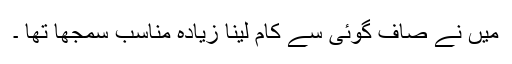
میں نے صاف گوئی سے کام لینا زیادہ مناسب سمجھا تھا ۔